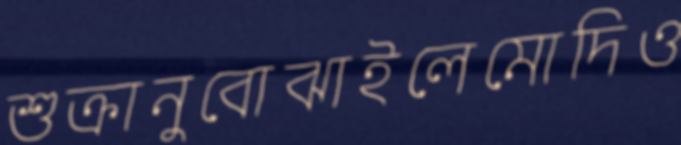
শুক্রানুবোঝাইলেমোদিও